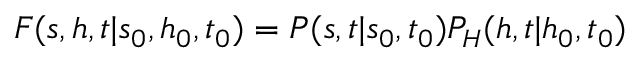
F ( s , h , t | s _ { 0 } , h _ { 0 } , t _ { 0 } ) = P ( s , t | s _ { 0 } , t _ { 0 } ) P _ { H } ( h , t | h _ { 0 } , t _ { 0 } )